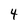
Character: 4